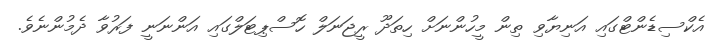
އެކްސިޑެންޓްގައި އަނިޔާވި ތިން މީހުންނަށް ހިތަދޫ ރީޖަނަލް ހޮސްޕިޓަލްގައި އަންނަނީ ފަރުވާ ދެމުންނެވެ.